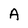
Character: A